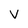
Character: v